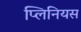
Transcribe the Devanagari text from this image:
प्लिनियस